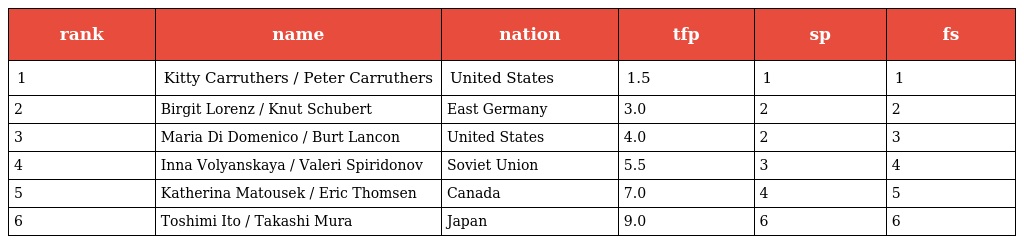
| rank | name | nation | tfp | sp | fs |
 | --- | --- | --- | --- | --- | --- |
 | 1 | Kitty Carruthers / Peter Carruthers | United States | 1.5 | 1 | 1 |
 | 2 | Birgit Lorenz / Knut Schubert | East Germany | 3.0 | 2 | 2 |
 | 3 | Maria Di Domenico / Burt Lancon | United States | 4.0 | 2 | 3 |
 | 4 | Inna Volyanskaya / Valeri Spiridonov | Soviet Union | 5.5 | 3 | 4 |
 | 5 | Katherina Matousek / Eric Thomsen | Canada | 7.0 | 4 | 5 |
 | 6 | Toshimi Ito / Takashi Mura | Japan | 9.0 | 6 | 6 |